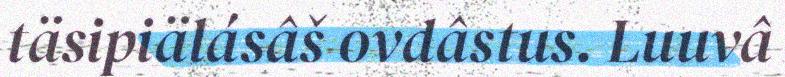
täsipiälásâš ovdâstus. Luuvâ